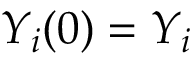
Y _ { i } ( 0 ) = Y _ { i }